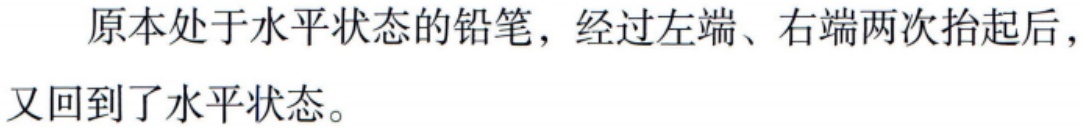
原本处于水平状态的铅笔，经过左端、右端两次抬起后，又回到了水平状态。